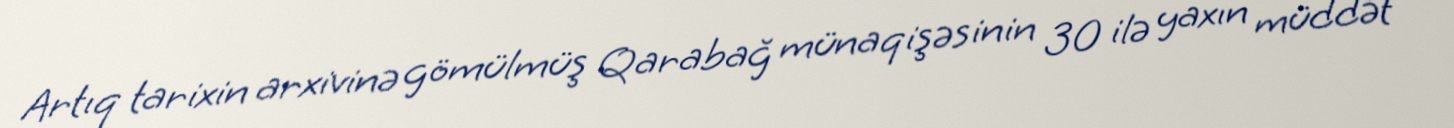
Artıq tarixin arxivinə gömülmüş Qarabağ münaqişəsinin 30 ilə yaxın müddət